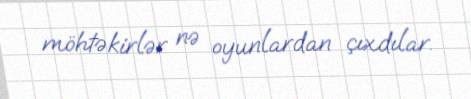
möhtəkirlər nə oyunlardan çıxdılar.